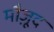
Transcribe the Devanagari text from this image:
मौजू़द